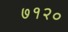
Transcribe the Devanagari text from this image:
७१२०